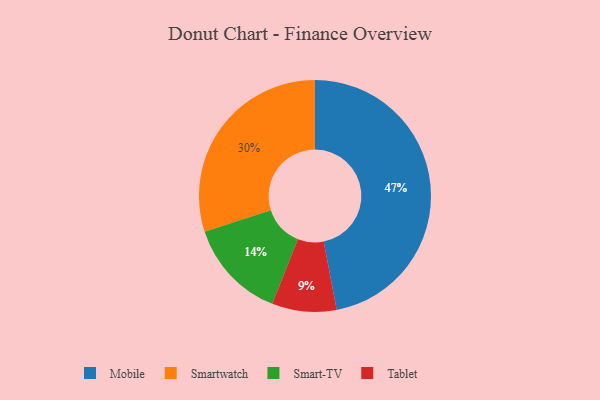
{"axis": {"x": "Category", "y": "Percentage"}, "legend": ["Mobile", "Smart-TV", "Smartwatch", "Tablet"], "data": [{"x": "Smart-TV", "y": 14, "type": "Smart-TV"}, {"x": "Smartwatch", "y": 30, "type": "Smartwatch"}, {"x": "Tablet", "y": 9, "type": "Tablet"}, {"x": "Mobile", "y": 47, "type": "Mobile"}]}